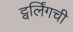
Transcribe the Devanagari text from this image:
ट्वर्लिंगची